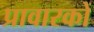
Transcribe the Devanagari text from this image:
प्रावारकों